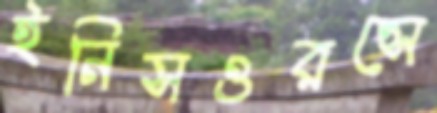
ইনিসওরন্সে